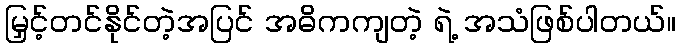
မြှင့်တင်နိုင်တဲ့အပြင် အဓိကကျတဲ့ ရဲ့ အသံဖြစ်ပါတယ်။